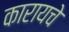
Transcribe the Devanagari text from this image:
कारायचे